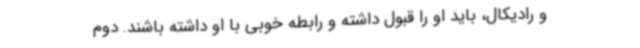
و رادیکال، باید او را قبول داشته و رابطه خوبی با او داشته باشند. دوم